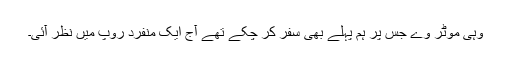
وہی موٹر وے جس پر ہم پہلے بھی سفر کر چکے تھے آج ایک منفرد روپ میں نظر آئی۔